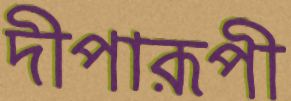
দীপারূপী